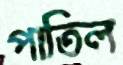
পাতিল